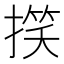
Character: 𢲑